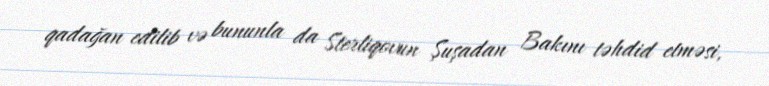
qadağan edilib və bununla da Sterliqovun Şuşadan Bakını təhdid etməsi,